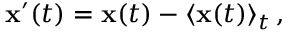
\mathbf { x ^ { \prime } } ( t ) = \mathbf { x } ( t ) - \langle \mathbf { x } ( t ) \rangle _ { t } \, ,